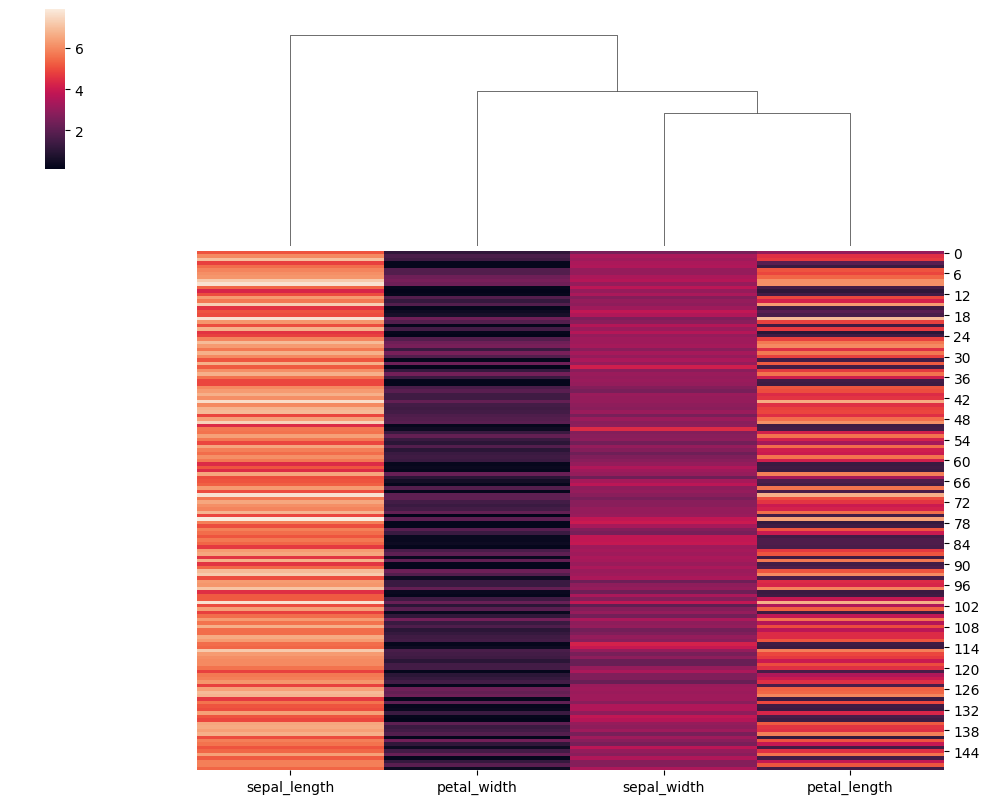
python, seaborn, clustermap, figsize=(10, 8), row_cluster=False, dendrogram_ratio=(0.2, 0.3), cbar_pos=(0.05, 0.8, 0.02, 0.2)